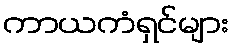
ကာယကံရှင်များ